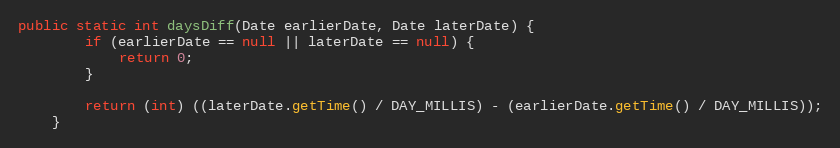
Language: Java
public static int daysDiff(Date earlierDate, Date laterDate) {
        if (earlierDate == null || laterDate == null) {
            return 0;
        }

        return (int) ((laterDate.getTime() / DAY_MILLIS) - (earlierDate.getTime() / DAY_MILLIS));
    }